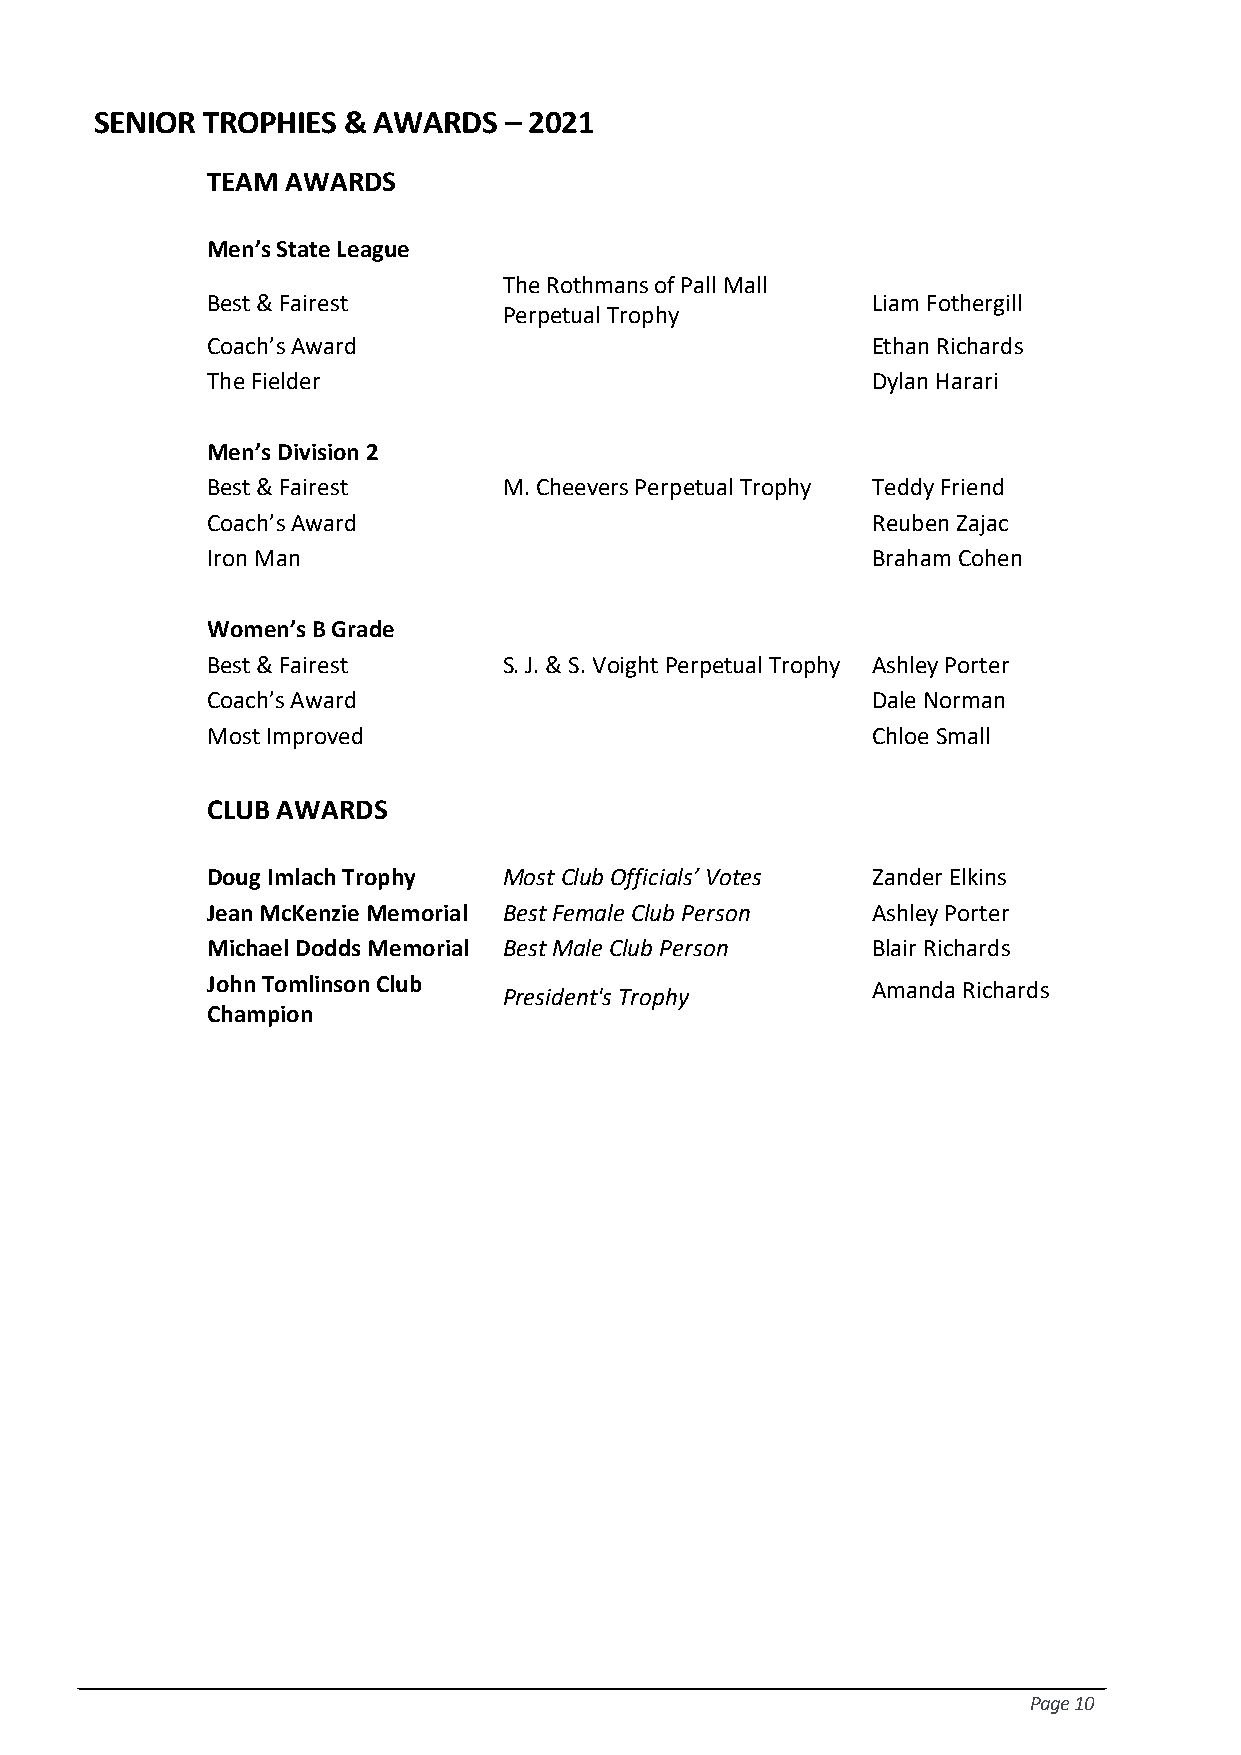
SENIOR TROPHIES  & AWARDS  – 2021
 TEAM AWARDS
 Men’s State League
 The Rothmans of Pall Mall
 Best & Fairest                              Liam Fothergill
 Perpetual Trophy
 Coach’s Award                               Ethan Richards
 The Fielder                                 Dylan Harari
 Men’s Division 2
 Best & Fairest     M. Cheevers Perpetual Trophy Teddy Friend
 Coach’s Award                               Reuben Zajac
 Iron Man                                    Braham Cohen
 Women’s B Grade
 Best & Fairest     S. J. & S. Voight Perpetual Trophy Ashley Porter
 Coach’s Award                               Dale Norman
 Most Improved                               Chloe Small
 CLUB AWARDS
 Doug Imlach Trophy Most Club Officials’ Votes Zander Elkins
 Jean McKenzie Memorial Best Female Club Person Ashley Porter
 Michael Dodds Memorial Best Male Club Person Blair Richards
 John Tomlinson Club
 Amanda Richards
 President's Trophy
 Champion
 Page 10